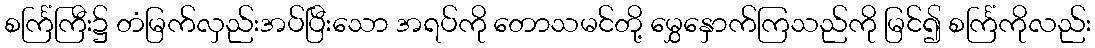
စင်္ကြံကြီး၌ တံမြက်လှည်းအပ်ပြီးသော အရပ်ကို တောသမင်တို့ မွှေနှောက်ကြသည်ကို မြင်၍ စင်္ကြံကိုလည်း